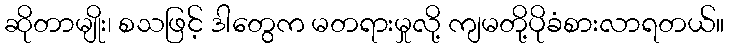
ဆိုတာမျိုး၊ စသဖြင့် ဒါတွေက မတရားမှုလို့ ကျမတို့ပိုခံစားလာရတယ်။